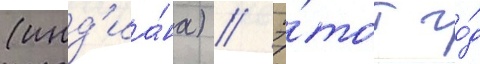
(инд'иа́на) // Э́тот го́д